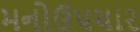
મનોઉપચાર